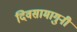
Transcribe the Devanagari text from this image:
दिवसामागुनी